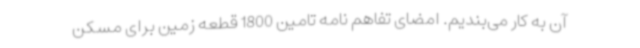
آن به کار می‌بندیم. امضای تفاهم نامه تامین 1800 قطعه زمین برای مسکن